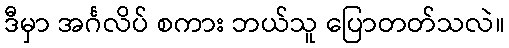
ဒီမှာ အင်္ဂလိပ် စကား ဘယ်သူ ပြောတတ်သလဲ။